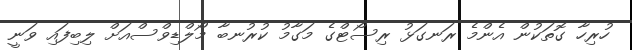
ހުރިހާ ގޮތަކުން އެންމެ ރަނގަޅު ރިސޯޓްގެ މަގާމު ކުރުނބާ މޯލްޑިވްސްއަށް ލިބިފައި ވަނީ